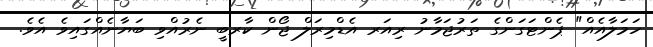
ހަމަލާއެއް" ޕެންޓަގަންގެ ތަރުޖަމާނު ރިއަރ އެޑްމިރަލް ޖޯން ކާރބީ ނެރުއްވި ބަޔާނެއްގައިވެ އެވެ.